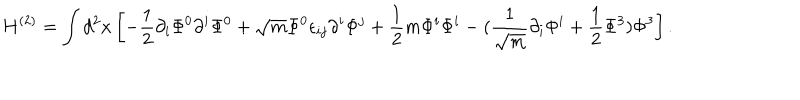
H ^ { ( 2 ) } = \int d ^ { 2 } x \left[ - \frac { 1 } { 2 } \partial _ { i } \Phi ^ { 0 } \partial ^ { i } \Phi ^ { 0 } + \sqrt { m } \Phi ^ { 0 } \epsilon _ { i j } \partial ^ { i } \Phi ^ { j } + \frac { 1 } { 2 } m \Phi ^ { i } \Phi ^ { i } - ( \frac { 1 } { \sqrt { m } } \partial _ { i } \Phi ^ { i } + \frac { 1 } { 2 } \Phi ^ { 3 } ) \Phi ^ { 3 } \right] .